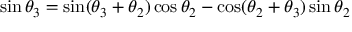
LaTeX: \sin \theta _ { 3 } = \sin ( \theta _ { 3 } + \theta _ { 2 } ) \cos \theta _ { 2 } - \cos ( \theta _ { 2 } + \theta _ { 3 } ) \sin \theta _ { 2 }